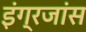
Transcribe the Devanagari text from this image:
इंग्रजांस